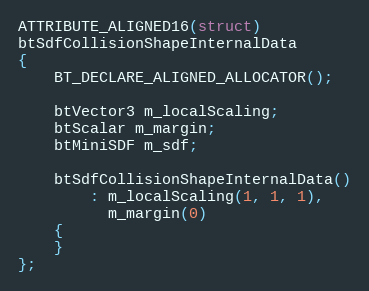
Language: C++
ATTRIBUTE_ALIGNED16(struct)
btSdfCollisionShapeInternalData
{
	BT_DECLARE_ALIGNED_ALLOCATOR();

	btVector3 m_localScaling;
	btScalar m_margin;
	btMiniSDF m_sdf;

	btSdfCollisionShapeInternalData()
		: m_localScaling(1, 1, 1),
		  m_margin(0)
	{
	}
};